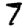
Digit: 7